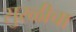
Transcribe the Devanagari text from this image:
सुरळीचा